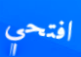
افتحي